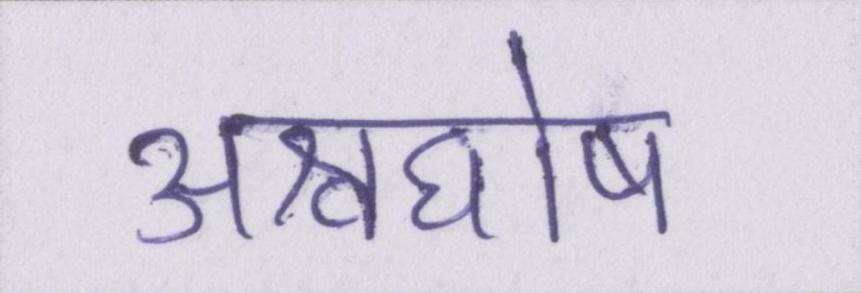
अश्वघोष